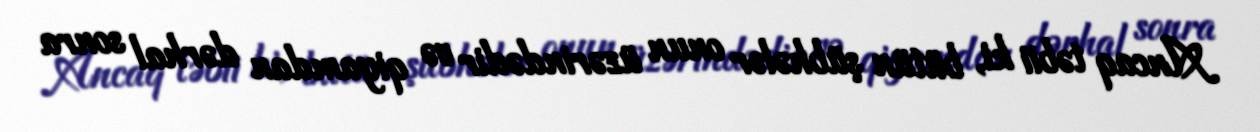
Ancaq təbii ki, bütün şübhələr onun üzərindədir və qiyamdan dərhal sonra